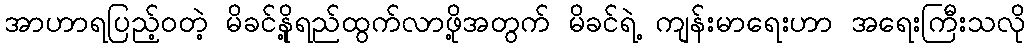
အာဟာရပြည့်ဝတဲ့ မိခင်နို့ရည်ထွက်လာဖို့အတွက် မိခင်ရဲ့ ကျန်းမာရေးဟာ အရေးကြီးသလို